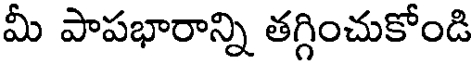
మీ పాపభారాన్ని తగ్గించుకోండి